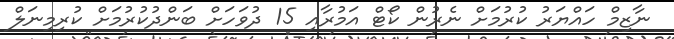
ނާޒިމް ހައްޔަރު ކުރުމަށް ނެރުން ކޯޓް އަމުރާއި 15 ދުވަހަށް ބަންދުކުރުމަށް ކުރިމިނަލް